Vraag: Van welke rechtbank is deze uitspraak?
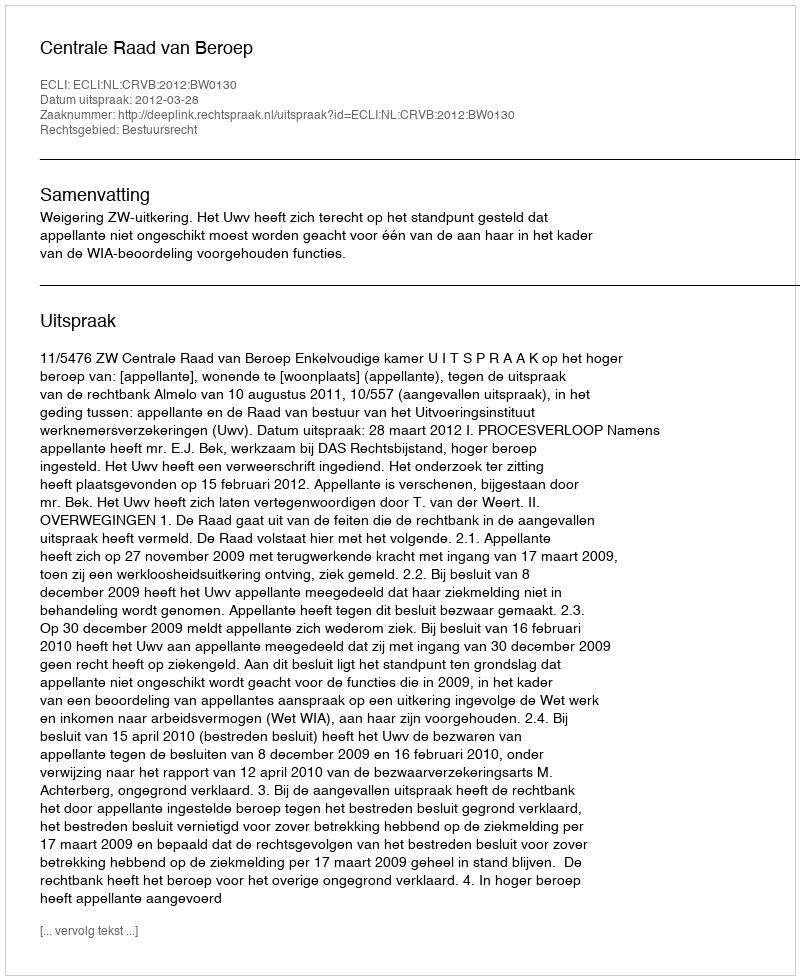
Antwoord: Centrale Raad van Beroep